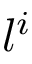
l ^ { i }